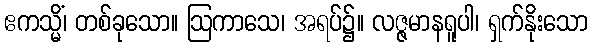
ဧကသ္မိံ၊ တစ်ခုသော။ ဩကာသေ၊ အရပ်၌။ လဇ္ဇမာနရူပါ၊ ရှက်နိုးသော